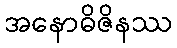
အနောဓိဇိနဿ